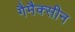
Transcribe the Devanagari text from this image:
गैमैक्सीन